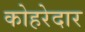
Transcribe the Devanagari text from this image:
कोहरेदार